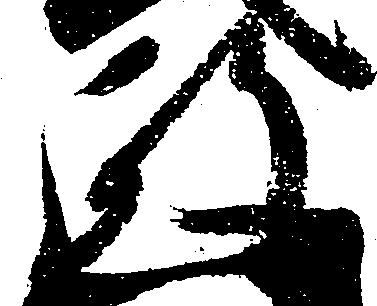
政